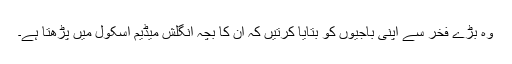
وہ بڑے فخر سے اپنی باجیوں کو بتایا کرتیں کہ ان کا بچہ انگلش میڈیم اسکول میں پڑھتا ہے۔